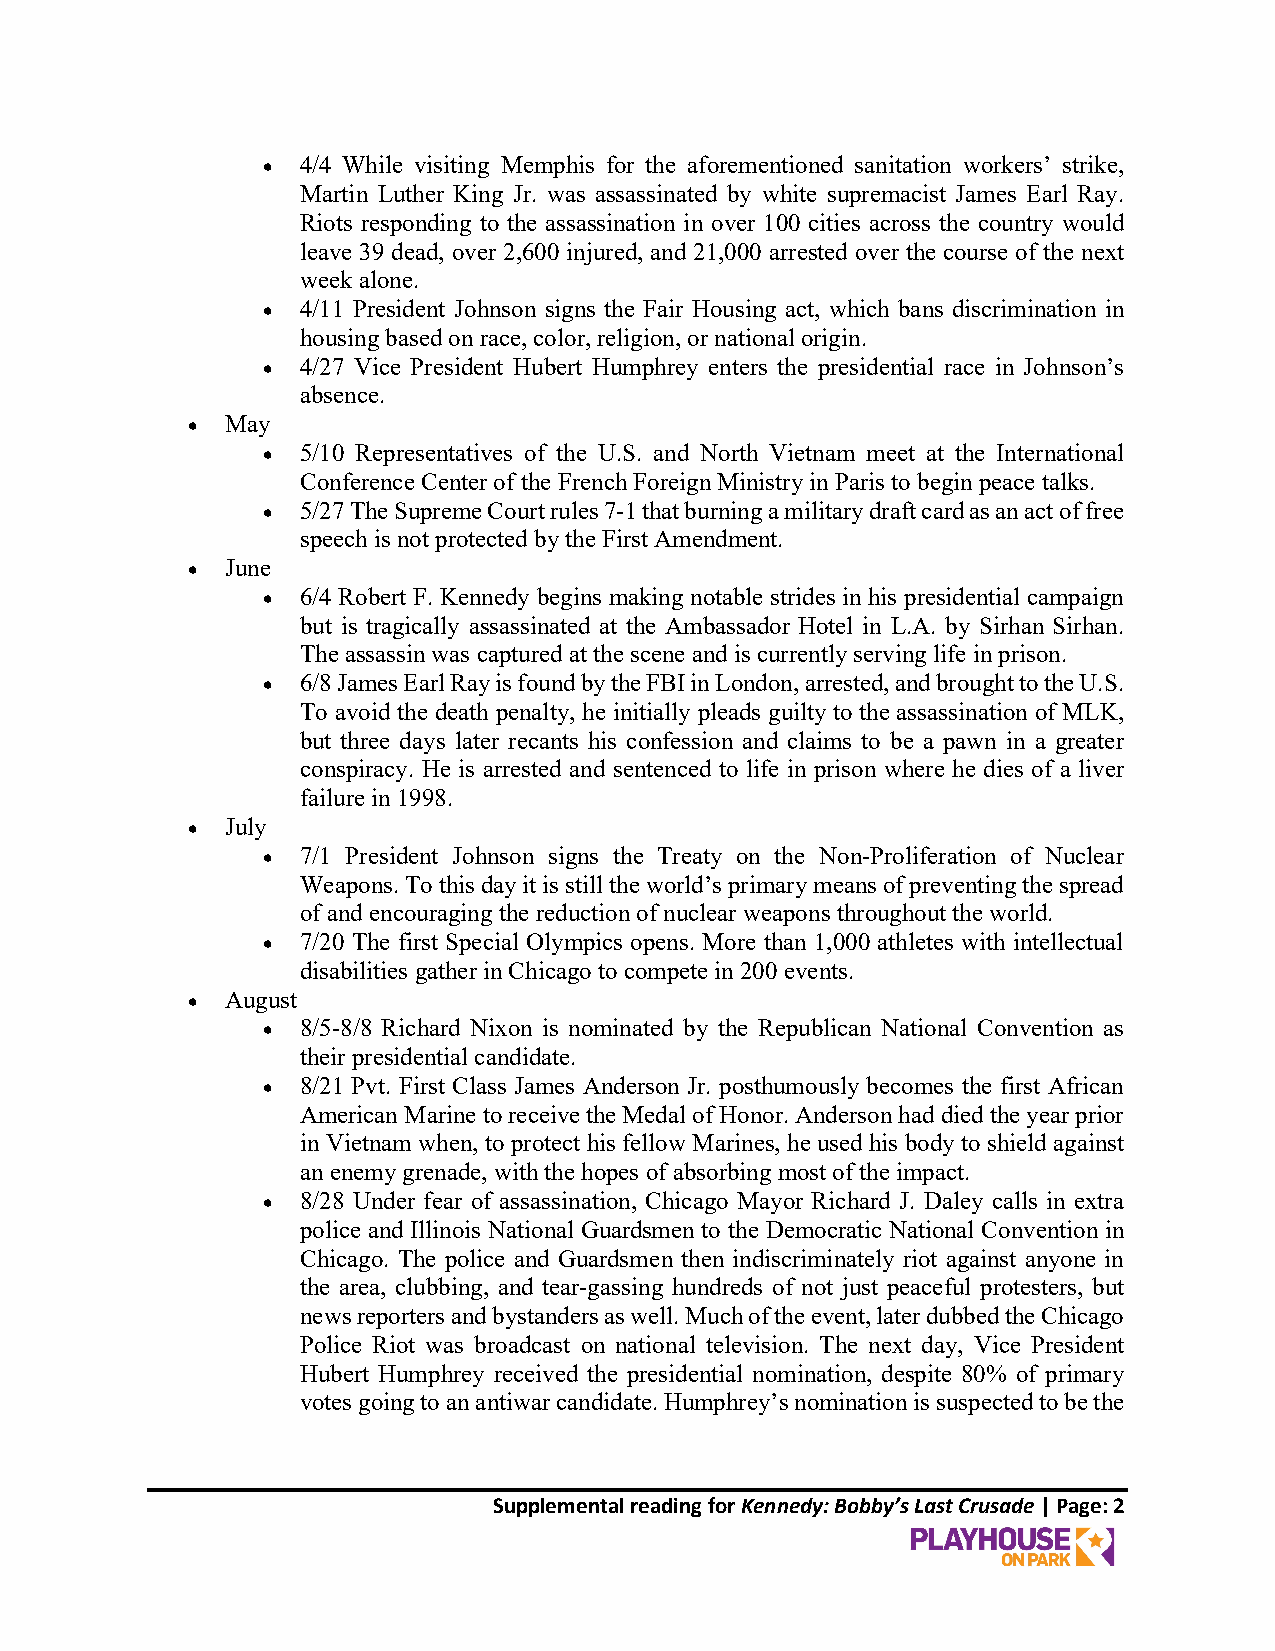
  4/4 While visiting Memphis for the aforementioned sanitation workers’ strike,
 Martin Luther King Jr. was assassinated by white supremacist James Earl Ray.
 Riots responding to the assassination in over 100 cities across the country would
 leave 39 dead, over 2,600 injured, and 21,000 arrested over the course of the next
 week alone.
   4/11 President Johnson signs the Fair Housing act, which bans discrimination in
 housing based on race, color, religion, or national origin.
   4/27 Vice President Hubert Humphrey enters the presidential race in Johnson’s
 absence.
   May
   5/10 Representatives of the U.S. and North Vietnam meet at the International
 Conference Center of the French Foreign Ministry in Paris to begin peace talks.
   5/27 The Supreme Court rules 7-1 that burning a military draft card as an act of free
 speech is not protected by the First Amendment.
   June
   6/4 Robert F. Kennedy begins making notable strides in his presidential campaign
 but is tragically assassinated at the Ambassador Hotel in L.A. by Sirhan Sirhan.
 The assassin was captured at the scene and is currently serving life in prison.
   6/8 James Earl Ray is found by the FBI in London, arrested, and brought to the U.S.
 To avoid the death penalty, he initially pleads guilty to the assassination of MLK,
 but three days later recants his confession and claims to be a pawn in a greater
 conspiracy. He is arrested and sentenced to life in prison where he dies of a liver
 failure in 1998.
   July
   7/1 President Johnson signs the Treaty on the Non-Proliferation of Nuclear
 Weapons. To this day it is still the world’s primary means of preventing the spread
 of and encouraging the reduction of nuclear weapons throughout the world.
   7/20 The first Special Olympics opens. More than 1,000 athletes with intellectual
 disabilities gather in Chicago to compete in 200 events.
   August
   8/5-8/8 Richard Nixon is nominated by the Republican National Convention as
 their presidential candidate.
   8/21 Pvt. First Class James Anderson Jr. posthumously becomes the first African
 American Marine to receive the Medal of Honor. Anderson had died the year prior
 in Vietnam when, to protect his fellow Marines, he used his body to shield against
 an enemy grenade, with the hopes of absorbing most of the impact.
   8/28 Under fear of assassination, Chicago Mayor Richard J. Daley calls in extra
 police and Illinois National Guardsmen to the Democratic National Convention in
 Chicago. The police and Guardsmen then indiscriminately riot against anyone in
 the area, clubbing, and tear-gassing hundreds of not just peaceful protesters, but
 news reporters and bystanders as well. Much of the event, later dubbed the Chicago
 Police Riot was broadcast on national television. The next day, Vice President
 Hubert Humphrey received the presidential nomination, despite 80% of primary
 votes going to an antiwar candidate. Humphrey’s nomination is suspected to be the
 Supplemental reading for Kennedy: Bobby’s Last Crusade | Page: 2